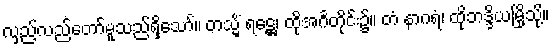
လှည့်လည်တော်မူသည်ရှိသော်။ တသ္မိံ ရဋ္ဌေ၊ ထိုအင်္ဂတိုင်း၌။ တံ နာဂရံ၊ ထိုဘဒ္ဒိယမြို့သို့။